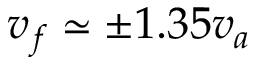
v _ { f } \simeq \pm 1 . 3 5 v _ { a }